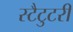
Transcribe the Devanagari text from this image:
स्टैटुटरी